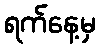
ရက်နေ့မှ